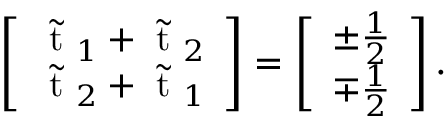
\left[ \begin{array} { l } { \tilde { \mathrm { ~ t ~ } } _ { 1 } + \tilde { \mathrm { ~ t ~ } } _ { 2 } } \\ { \tilde { \mathrm { ~ t ~ } } _ { 2 } + \tilde { \mathrm { ~ t ~ } } _ { 1 } } \end{array} \right] = \left[ \begin{array} { l } { \pm \frac { 1 } { 2 } } \\ { \mp \frac { 1 } { 2 } } \end{array} \right] .